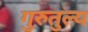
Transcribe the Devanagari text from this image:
गुरुतुल्य